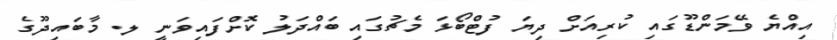
އިއްޔެ ވޭމަންޑޫގައި ކުރިއަށް ދިޔަ ފުޓްބޯޅަ މެޗުގައި ބައްދަލު ކޮށްފައިވަނީ ލ. މާބައިދޫގެ